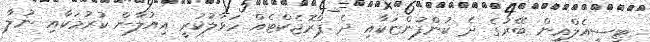
ޓީސީއެލްއިން ބޭރުގެ ދެ ކުންފުންޏަކާއި ދެ ޕްރޮޖެކްޓެއް ހަވާލުކުރީ އިއުލާން ކުރުމަކާއި ނުލާ